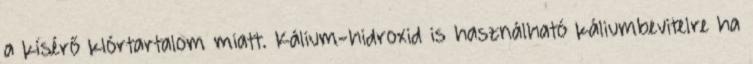
a kísérő klórtartalom miatt. Kálium-hidroxid is használható káliumbevitelre ha